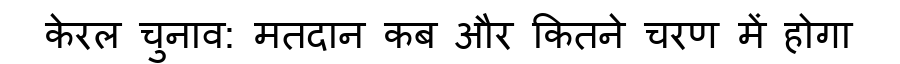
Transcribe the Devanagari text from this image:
केरल चुनाव: मतदान कब और कितने चरण में होगा